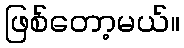
ဖြစ်တော့မယ်။